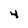
Character: 4